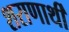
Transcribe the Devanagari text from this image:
शराणार्थी